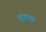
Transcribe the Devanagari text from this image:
यूवला